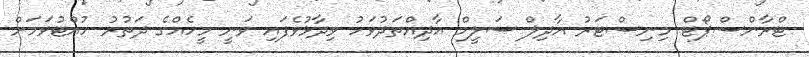
ޓްރާންސްޕޯޓް މިނިސްޓަރު އާދިލް ސަލީމް އާދިއްތަދުވަހު ވިދާޅުވެފައި ވަނީ މީހެއްގެ ދަތުރު ހުއްޓުވަމަށް